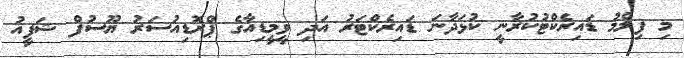
މި ފިލްމު ޑައިރެކްޓުކުރާނީ ކުޅަދާނަ ޑައިރެކްޓަރު އަދި ވީމީޑިއާގެ ޕްރޮޑިއުސަރު ޔޫސުފް ޝަފީއު